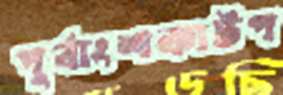
পূর্বাংশকাটপ